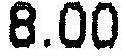
8.00